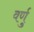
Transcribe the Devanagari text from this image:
वर्णु